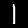
Digit: 1